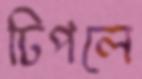
ঢিপলে